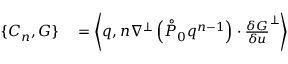
\begin{array} { r l } { \{ C _ { n } , G \} } & { { } = \left\langle q , n \nabla ^ { \perp } \left( \mathring { P } _ { 0 } q ^ { n - 1 } \right) \cdot \frac { \delta G } { \delta u } ^ { \perp } \right\rangle } \end{array}